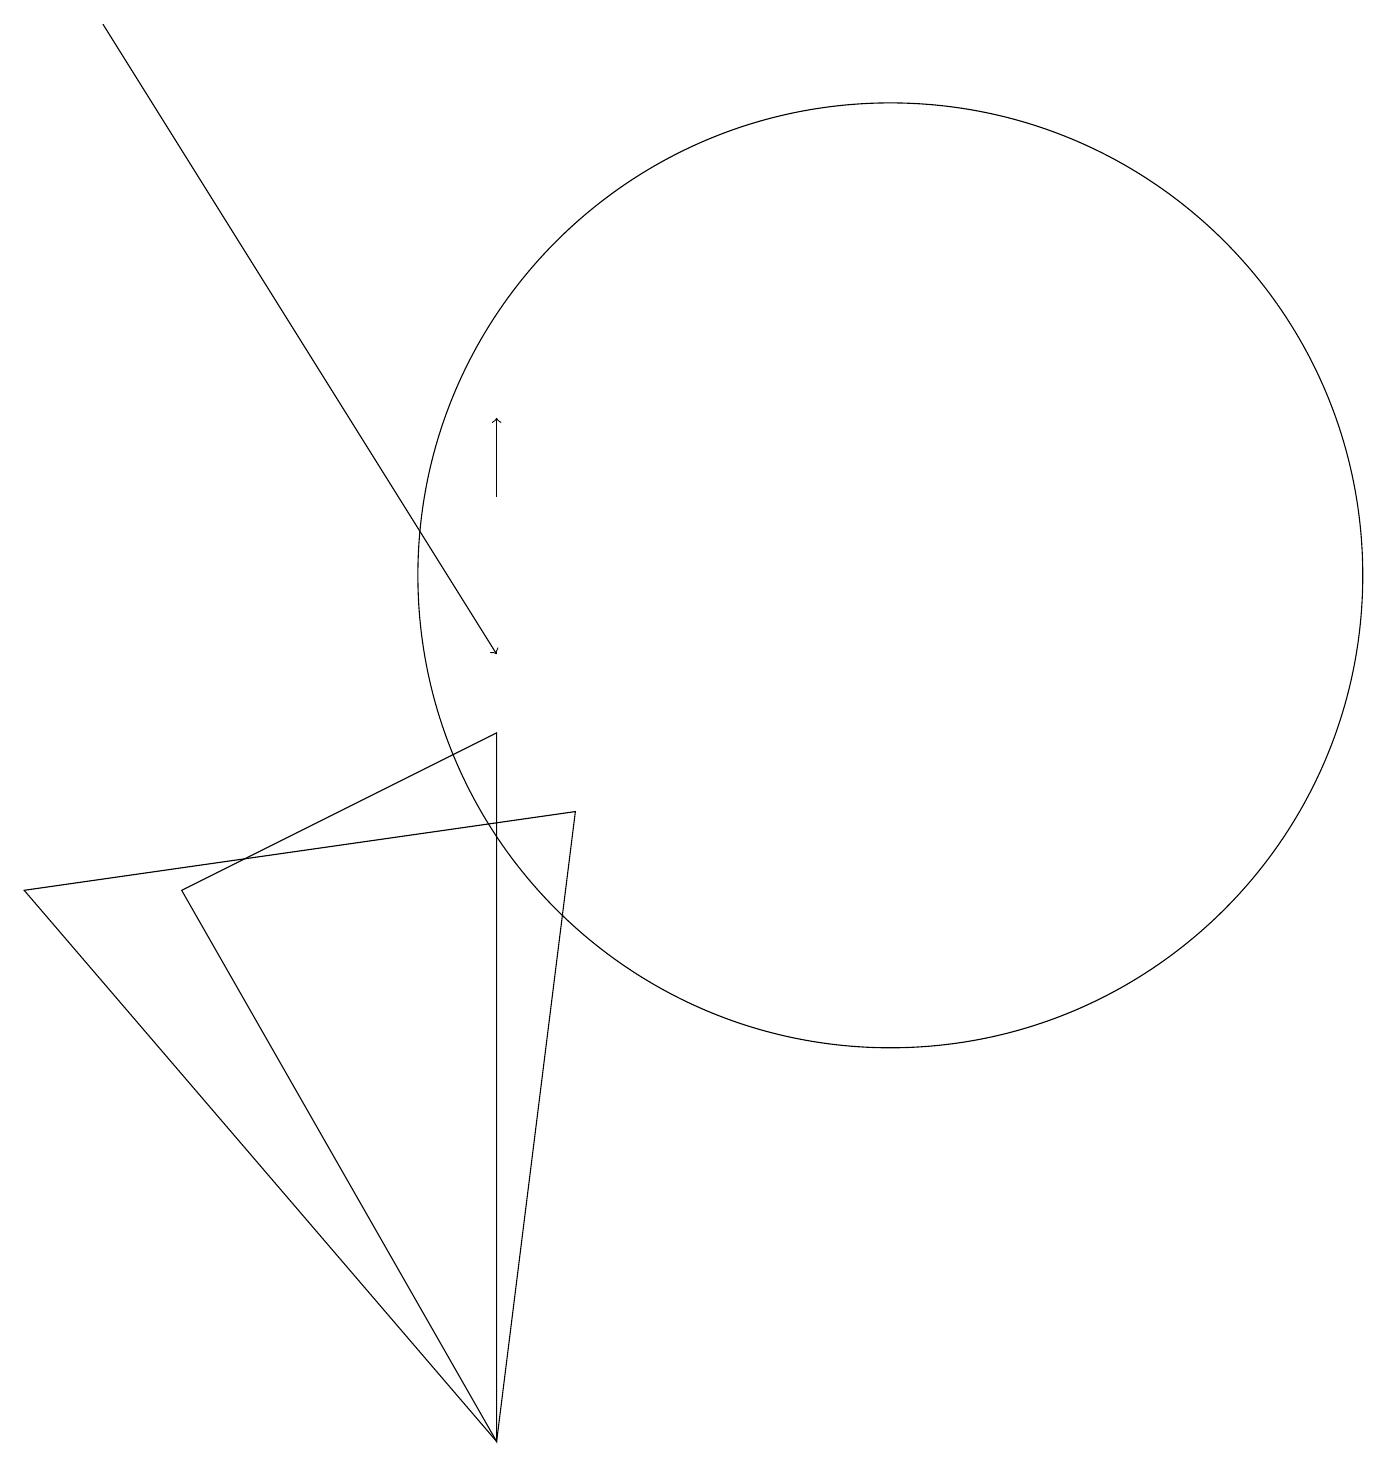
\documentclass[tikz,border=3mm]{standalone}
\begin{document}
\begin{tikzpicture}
\draw (11,11) circle (6);
\draw[->] (1,18) -- (6,10);
\draw (7,8) -- (6,0) -- (0,7) -- cycle;
\draw[->] (6,12) -- (6,13);
\draw (6,0) -- (6,9) -- (2,7) -- cycle;
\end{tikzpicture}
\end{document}